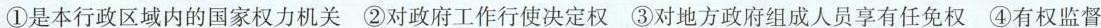
①是本行政区域内的国家权力机关 ②对政府工作行使决定权 ③对地方政府组成人员享有任免权 ④有权监督